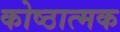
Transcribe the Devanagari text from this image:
कोष्ठात्मक